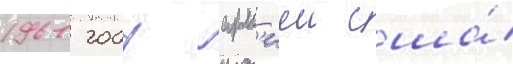
1961 году арм'иеи сша́